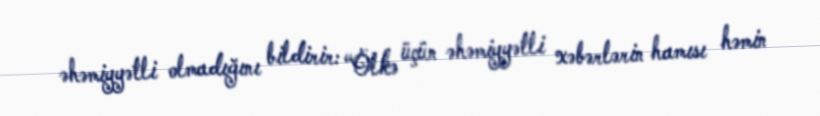
əhəmiyyətli olmadığını bildirir: “Ölkə üçün əhəmiyyətli xəbərlərin hamısı həmin